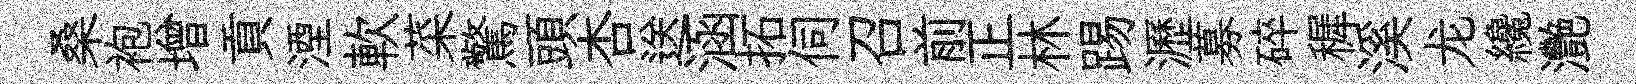
桑袍增貢湮軟菜驚頭杏送涵拓伺召前正林踢瀝募碎穉溪龙纔灧